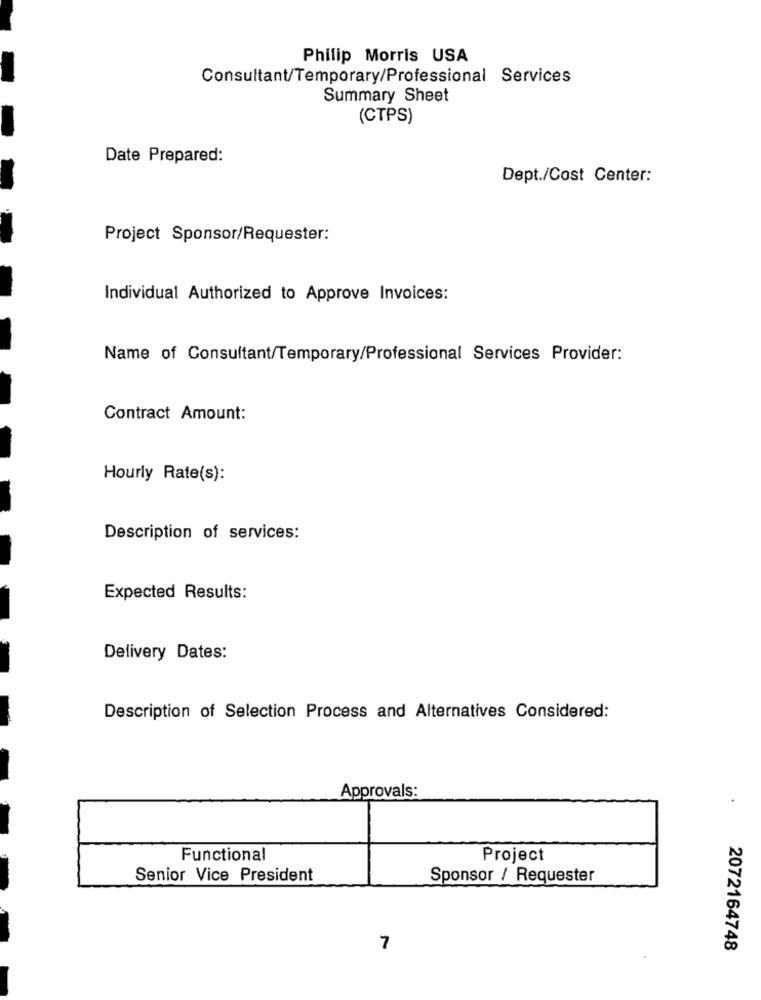
Philip Morris USA
Consultant/Temporary/Professional Services
Summary Sheet
(CTPS)
Date Prepared:
Dept./Cost Center:
Project Sponsor/Requester:
Individual Authorized to Approve Invoices:
Name of Consultant/Temporary/Professional Services Provider:
Contract Amount:
Hourly Rate(s):
Description of services:
Expected Results:
Delivery Dates:
Description of Selection Process and Alternatives Considered:
Approvals:
Functional
Project
Senior Vice President
Sponsor / Requester
7
2072164748